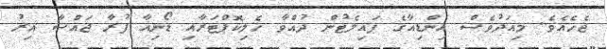
ޖެހެއެވެ. މިއަދުވެސް އިންޑިއާގެ ޕައިލެޓުން ދުއްވާ ހެލިކޮޕްޓަރާއި ޑޯނިއާ ފުރާ ޖައްސާ އިރު